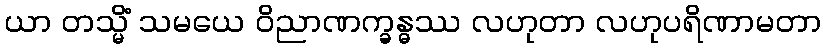
ယာ တသ္မိံ သမယေ ဝိညာဏက္ခန္ဓဿ လဟုတာ လဟုပရိဏာမတာ